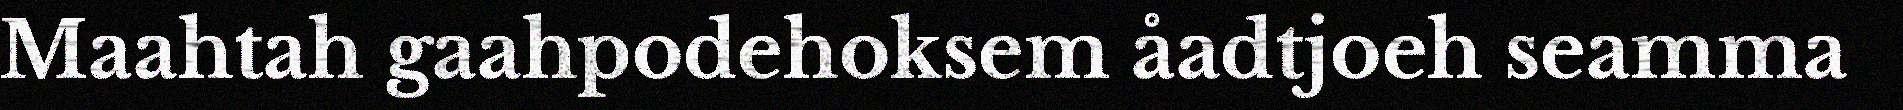
Maahtah gaahpodehoksem åadtjoeh seamma